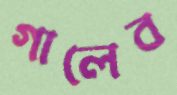
গালেব